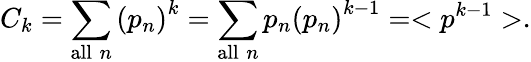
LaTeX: C_{k}=\sum_{\mathrm{all}\; n}\left(p_{n}\right)^{k}=\sum_{\mathrm{all}\; n}p_{n}\left(p_{n}\right)^{k-1}=<p^{k-1}>.